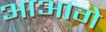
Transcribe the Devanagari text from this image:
आआगे